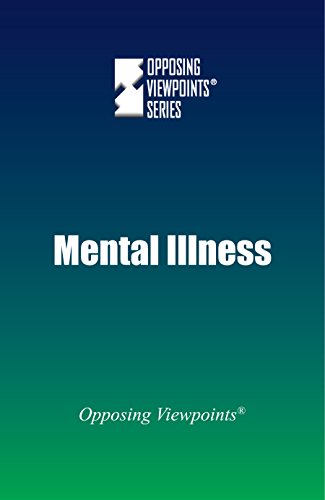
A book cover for Mental Illness (Opposing Viewpoints); Greenhaven Press; Teen & Young Adult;